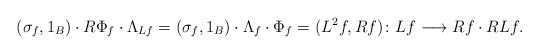
\begin{align*} (\sigma_f,1_B)\cdot{}R\Phi_f\cdot{}\Lambda_{Lf}= (\sigma_f,1_B)\cdot{}\Lambda_f\cdot{}\Phi_f= ({L}^2f,{R}f)\colon Lf\longrightarrow Rf\cdot{} RLf. \end{align*}